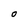
Character: O